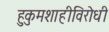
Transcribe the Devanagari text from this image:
हुकुमशाहीविरोधी